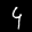
Label: 4